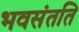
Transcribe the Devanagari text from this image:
भवसंतति